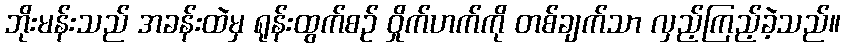
ဘိုးမန်းသည် အခန်းထဲမှ ရုန်းထွက်စဉ် ဝှိုက်ဟက်ကို တစ်ချက်သာ လှည့်ကြည့်ခဲ့သည်။